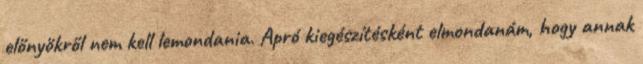
előnyökről nem kell lemondania. Apró kiegészítésként elmondanám, hogy annak